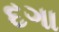
દગા